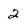
Character: 2